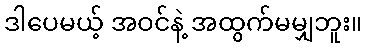
ဒါပေမယ့် အဝင်နဲ့ အထွက်မမျှဘူး။